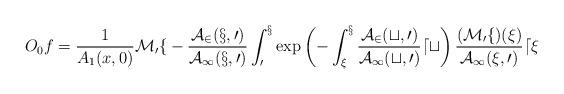
LaTeX: \begin{align*}O_0 f=\frac{1}{A_1(x,0)}\cal{M}_0 f-\frac{A_2(x,0)}{A_1(x,0)}\int_0^x \exp\left( -\int_\xi^x\frac{A_2(t,0)}{A_1(t,0)}dt\right)\frac{(\cal{M}_0f)(\xi)}{A_1(\xi,0)} d\xi\end{align*}